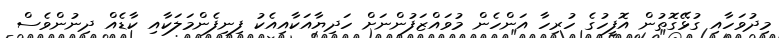
މިދުވަހާއި ގުޅޭގޮތުން އޮފީހުގެ ހުރިހާ އަންހެން މުވައްޒަފުންނަށް ހަދިޔާއަކާއިއެކު ފިނިފެންމަލަކާއި ކާޑެއް ދިނުންވެސް